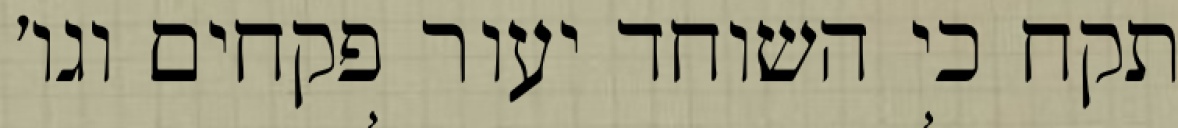
תקח כי השוחד יעור פקחים וגו׳